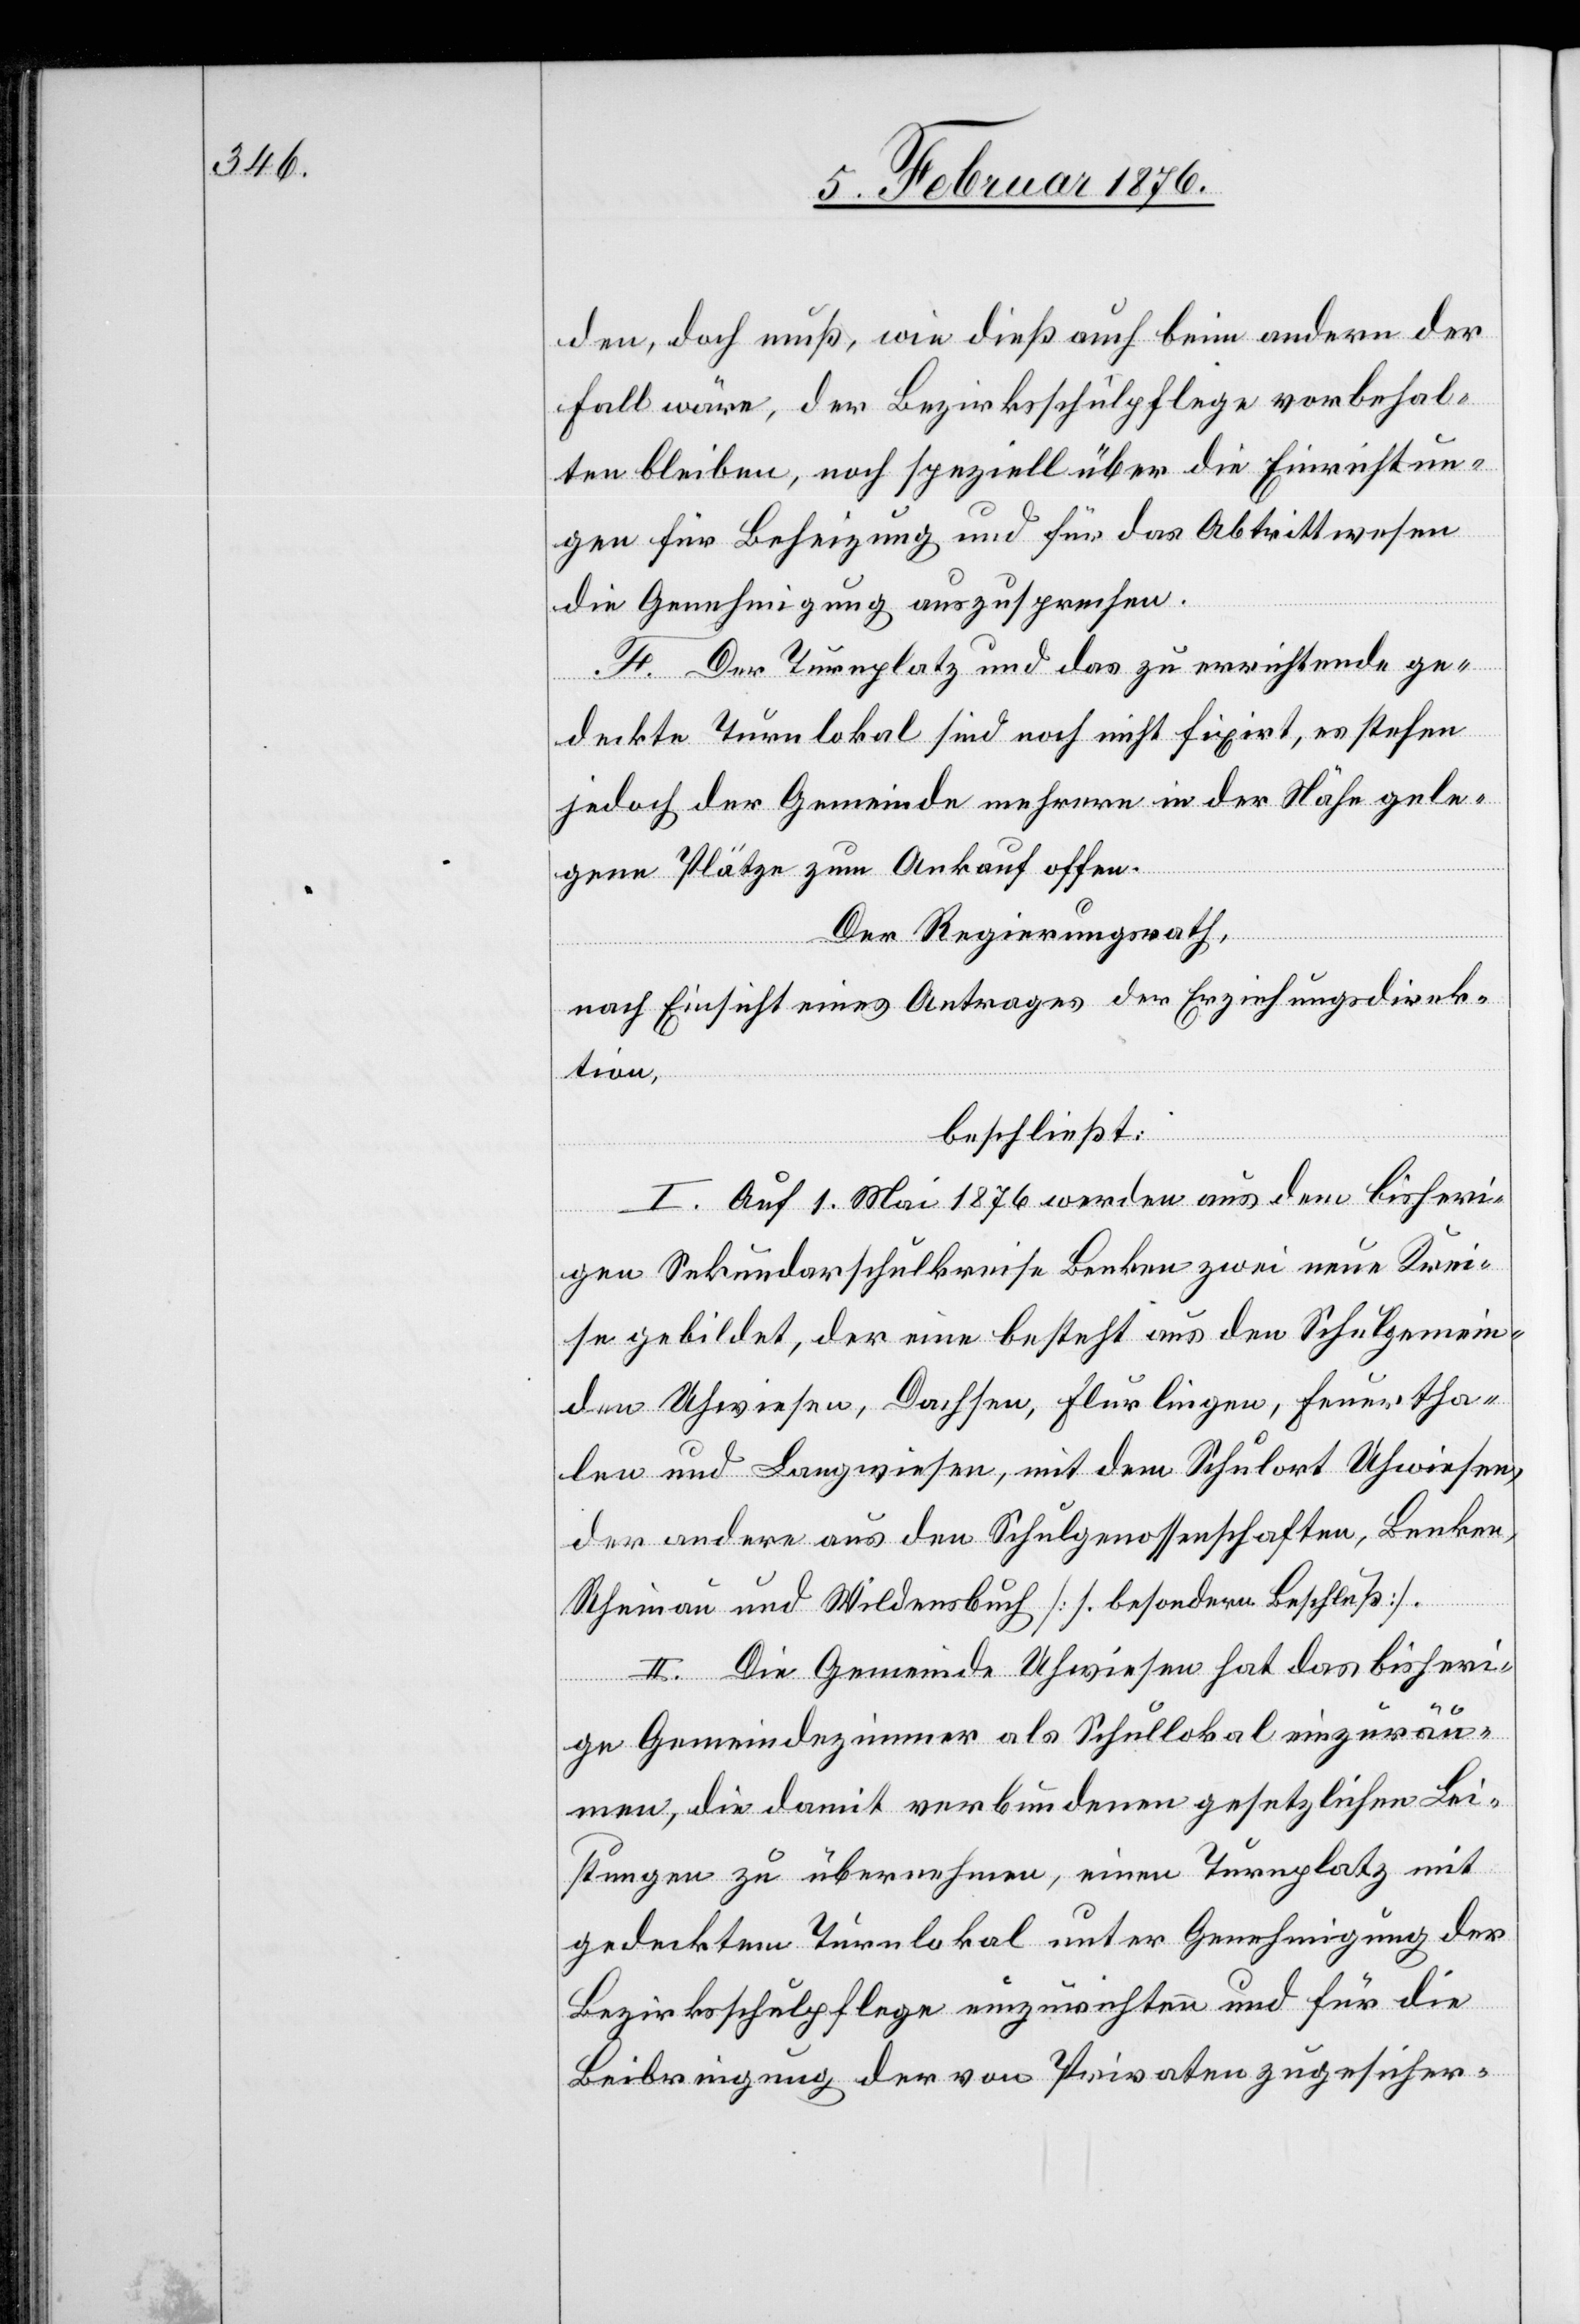
den, doch muß, wie dieß auch beim anderen der
Fall wäre, der Bezirksschulpflege vorbehal¬
ten bleiben, noch speziell über die Einrichtun¬
gen für Beheizung und für das Abtrittwesen
die Genehmigung auszusprechen.
F. Der Turnplatz und das zu errichtende ge¬
deckte Turnlokal sind noch nicht fixirt, es stehen
jedoch der Gemeinde mehrere in der Höhe gele¬
gene Plätze zum Ankauf offen.
Der Regierungsrath,
nach Einsicht eines Antrages der Erziehungsdirek¬
tion,
beschließt:
I. Auf 1. Mai 1876 werden aus dem bisheri¬
gen Sekundarschulkreise Benken zwei neue Krei¬
se gebildet, der eine besteht aus den Schulgemein¬
den Uhwiesen, Dachsen, Flurlingen, Feuertha¬
len und Langwiesen, mit dem Schulort Uhwiesen,
der andere aus den Schulgenossenschaften, Benken,
Rheinau und Wildensbuch [s. betreffenden Beschluß].
II. Die Gemeinde Uhwiesen hat das bisheri¬
ge Gemeindezimmer als Schullokal einzuräu¬
men, die damit verbundenen gesetzlichen Lei¬
stungen zu übernehmen, einen Turnplatz mit
gedecktem Turnlokal unter Genehmigung der
Bezirksschulpflege einzurichten und für die
Beibringung der von Privaten zugesicher-